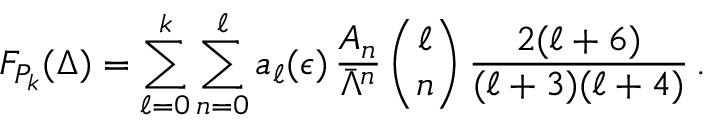
F _ { P _ { k } } ( \Delta ) = \sum _ { \ell = 0 } ^ { k } \sum _ { n = 0 } ^ { \ell } a _ { \ell } ( \epsilon ) \, { \frac { A _ { n } } { \bar { \Lambda } ^ { n } } } \, { \binom { \ell } { n } } \, { \frac { 2 ( \ell + 6 ) } { ( \ell + 3 ) ( \ell + 4 ) } } \, .